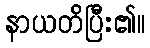
နာယတိပြီး၏။